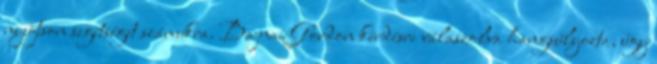
nyújtson segítséget számukra. Bajnai Gordon kérdésre válaszolva hangsúlyozta, úgy